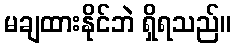
မချထားနိုင်ဘဲ ရှိရသည်။